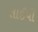
તાઈપી